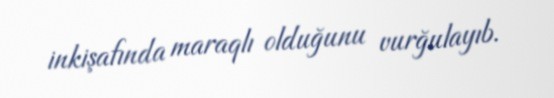
inkişafında maraqlı olduğunu vurğulayıb.